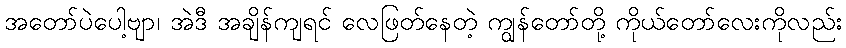
အတော်ပဲပေါ့ဗျာ၊ အဲဒီ အချိန်ကျရင် လေဖြတ်နေတဲ့ ကျွန်တော်တို့ ကိုယ်တော်လေးကိုလည်း